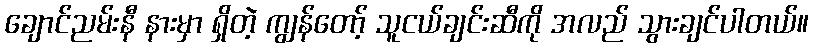
ချောင်ညမ်းနီ နားမှာ ရှိတဲ့ ကျွန်တော့် သူငယ်ချင်းဆီကို အလည် သွားချင်ပါတယ်။